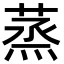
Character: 蒸